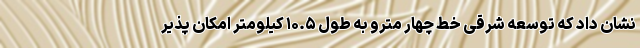
نشان داد که توسعه شرقی خط چهار مترو به طول ۱۰.۵ کیلومتر امکان‌ پذیر